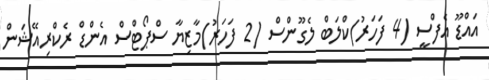
އައްޑޫ އެފްސީ (4 ފަހަރު)ކްލަބް ލެގޫންސް (2 ފަހަރު)މާޒިޔާ ސްޕޯޓްސް އެންޑް ރެކްރިއޭޝަން